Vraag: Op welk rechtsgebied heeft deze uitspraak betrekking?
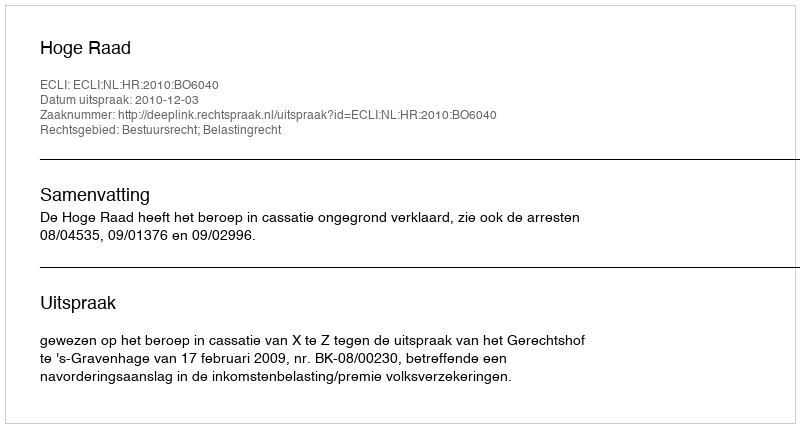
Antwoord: Bestuursrecht; Belastingrecht